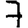
Digit: 7